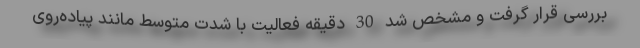
بررسی قرار گرفت و مشخص شد 30 دقیقه فعالیت با شدت متوسط مانند پیاده‌روی